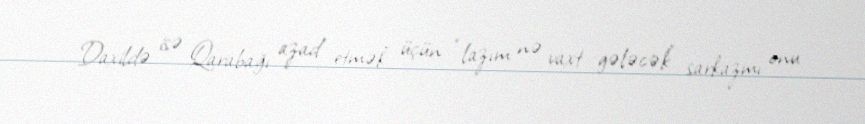
Daxildə isə Qarabağı azad etmək üçün “lazım nə vaxt gələcək” sarkazmı onu